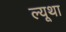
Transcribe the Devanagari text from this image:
ल्यूथा